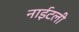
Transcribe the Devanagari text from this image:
नाईटली